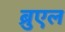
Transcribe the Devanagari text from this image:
ब्रुएल